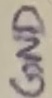
Text: GND